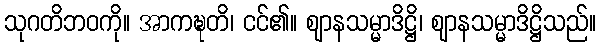
သုဂတိဘဝကို။ အာကဍ္ဎတိ၊ ငင်၏။ ဈာနသမ္မာဒိဋ္ဌိ၊ ဈာနသမ္မာဒိဋ္ဌိသည်။